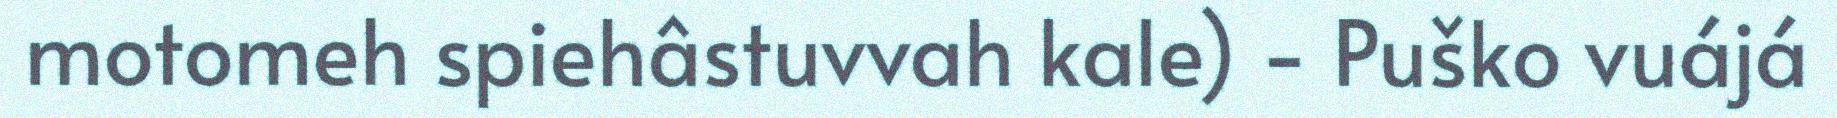
motomeh spiehâstuvvah kale) - Puško vuájá